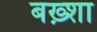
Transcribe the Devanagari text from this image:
बख़्शा